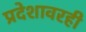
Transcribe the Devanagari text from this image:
प्रदेशावरही